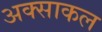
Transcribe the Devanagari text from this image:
अक्साकल